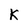
Character: K